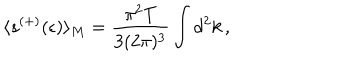
\langle s ^ { ( + ) } ( \epsilon ) \rangle _ { M } = \frac { \pi ^ { 2 } T } { 3 ( 2 \pi ) ^ { 3 } } \int d ^ { 2 } k \, { , }